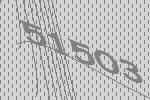
51503